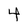
Character: 4